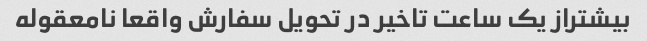
بیشتراز یک ساعت تاخیر در تحویل سفارش واقعا نامعقوله